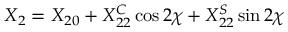
X _ { 2 } = X _ { 2 0 } + X _ { 2 2 } ^ { C } \cos 2 \chi + X _ { 2 2 } ^ { S } \sin 2 \chi